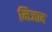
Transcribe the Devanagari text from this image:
निजाद